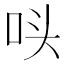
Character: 𭇚